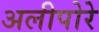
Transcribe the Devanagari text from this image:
अलीपोरे